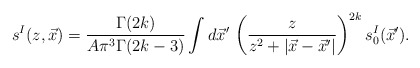
\begin{align*}s^I(z,\vec{x})= \frac{\Gamma(2k)}{A \pi^3 \Gamma(2k-3)}\int d\vec{x}^\prime \, \left( \frac{z}{z^2+|\vec{x}-\vec{x}^\prime|} \right)^{2k} s^I_0(\vec{x}^\prime). \end{align*}